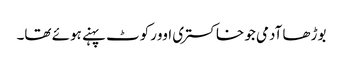
بوڑھا آدمی جو خاکستری اوورکوٹ پہنے ہوئے تھا۔